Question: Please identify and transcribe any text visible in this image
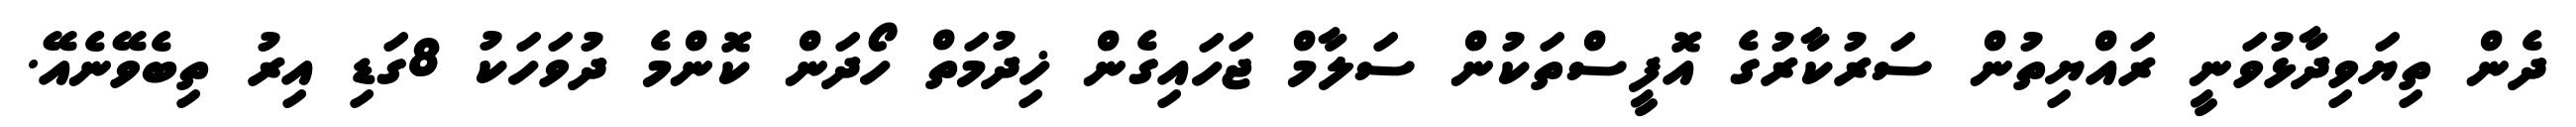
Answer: ދެން ތިޔަވިދާޅުވަނީ ރައްޔިތުން ސަރުކާރުގެ އޮފީސްތަކުން ސަލާމް ޖަހައިގެން ޚިދުމަތް ހޯދަން ކޮންމެ ދުވަހަކު 8ގަޑި އިރު ތިބެވޭނެއޭ.